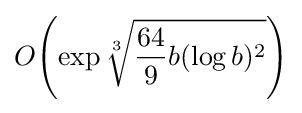
O{\mathord {\left(\exp {\sqrt[{3}]{{\frac {64}{9}}b(\log b)^{2}}}\right)}}